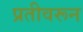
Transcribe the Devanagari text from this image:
प्रतीवरून